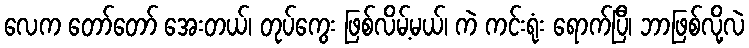
လေက တော်တော် အေးတယ်၊ တုပ်ကွေး ဖြစ်လိမ့်မယ်၊ ကဲ ကင်းရုံး ရောက်ပြီ၊ ဘာဖြစ်လို့လဲ